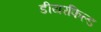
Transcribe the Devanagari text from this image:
डीयरफिल्ड